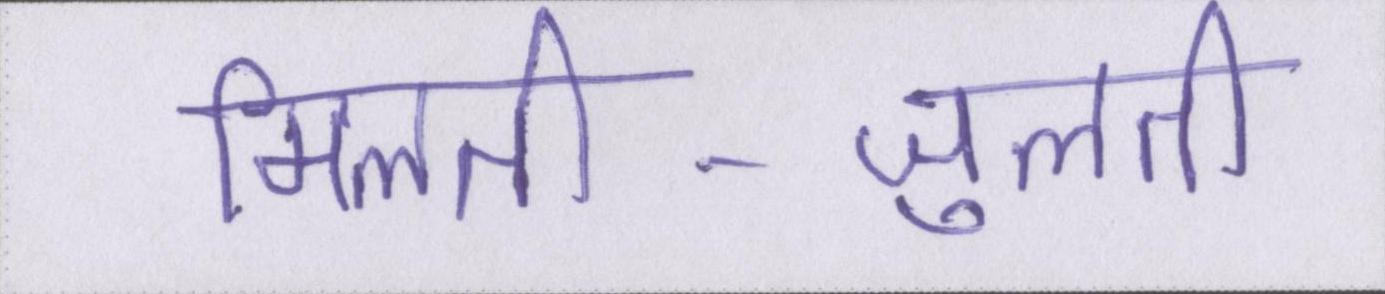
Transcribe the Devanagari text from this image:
मिलती-जुलती